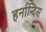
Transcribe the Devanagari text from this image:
हर्नान्दिस